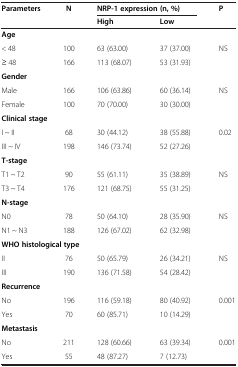
<table><thead><tr><td rowspan="2"><b>Parameters</b></td><td rowspan="2"><b>N</b></td><td colspan="2"><b>NRP-1 expression (n, %)</b></td><td rowspan="2"><b>P</b></td></tr><tr><td><b>High</b></td><td><b>Low</b></td></tr></thead><tbody><tr><td colspan="5"><b>Age</b></td></tr><tr><td>&lt; 48</td><td>100</td><td>63 (63.00)</td><td>37 (37.00)</td><td rowspan="2">NS</td></tr><tr><td>≥ 48</td><td>166</td><td>113 (68.07)</td><td>53 (31.93)</td></tr><tr><td colspan="5"><b>Gender</b></td></tr><tr><td>Male</td><td>166</td><td>106 (63.86)</td><td>60 (36.14)</td><td rowspan="2">NS</td></tr><tr><td>Female</td><td>100</td><td>70 (70.00)</td><td>30 (30.00)</td></tr><tr><td colspan="5"><b>Clinical stage</b></td></tr><tr><td>I ~ II</td><td>68</td><td>30 (44.12)</td><td>38 (55.88)</td><td rowspan="2">0.02</td></tr><tr><td>III ~ IV</td><td>198</td><td>146 (73.74)</td><td>52 (27.26)</td></tr><tr><td colspan="5"><b>T-stage</b></td></tr><tr><td>T1 ~ T2</td><td>90</td><td>55 (61.11)</td><td>35 (38.89)</td><td rowspan="2">NS</td></tr><tr><td>T3 ~ T4</td><td>176</td><td>121 (68.75)</td><td>55 (31.25)</td></tr><tr><td colspan="5"><b>N-stage</b></td></tr><tr><td>N0</td><td>78</td><td>50 (64.10)</td><td>28 (35.90)</td><td rowspan="2">NS</td></tr><tr><td>N1 ~ N3</td><td>188</td><td>126 (67.02)</td><td>62 (32.98)</td></tr><tr><td colspan="5"><b>WHO histological type</b></td></tr><tr><td>II</td><td>76</td><td>50 (65.79)</td><td>26 (34.21)</td><td rowspan="2">NS</td></tr><tr><td>III</td><td>190</td><td>136 (71.58)</td><td>54 (28.42)</td></tr><tr><td colspan="5"><b>Recurrence</b></td></tr><tr><td>No</td><td>196</td><td>116 (59.18)</td><td>80 (40.92)</td><td rowspan="2">0.001</td></tr><tr><td>Yes</td><td>70</td><td>60 (85.71)</td><td>10 (14.29)</td></tr><tr><td colspan="5"><b>Metastasis</b></td></tr><tr><td>No</td><td>211</td><td>128 (60.66)</td><td>63 (39.34)</td><td rowspan="2">0.001</td></tr><tr><td>Yes</td><td>55</td><td>48 (87.27)</td><td>7 (12.73)</td></tr></tbody></table>